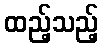
ထည့်သည့်